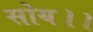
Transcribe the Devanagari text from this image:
सोय।।